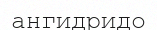
ангидридо